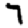
Digit: 7